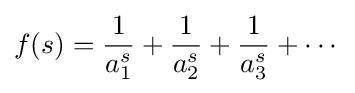
f(s)={\frac {1}{a_{1}^{s}}}+{\frac {1}{a_{2}^{s}}}+{\frac {1}{a_{3}^{s}}}+\cdots